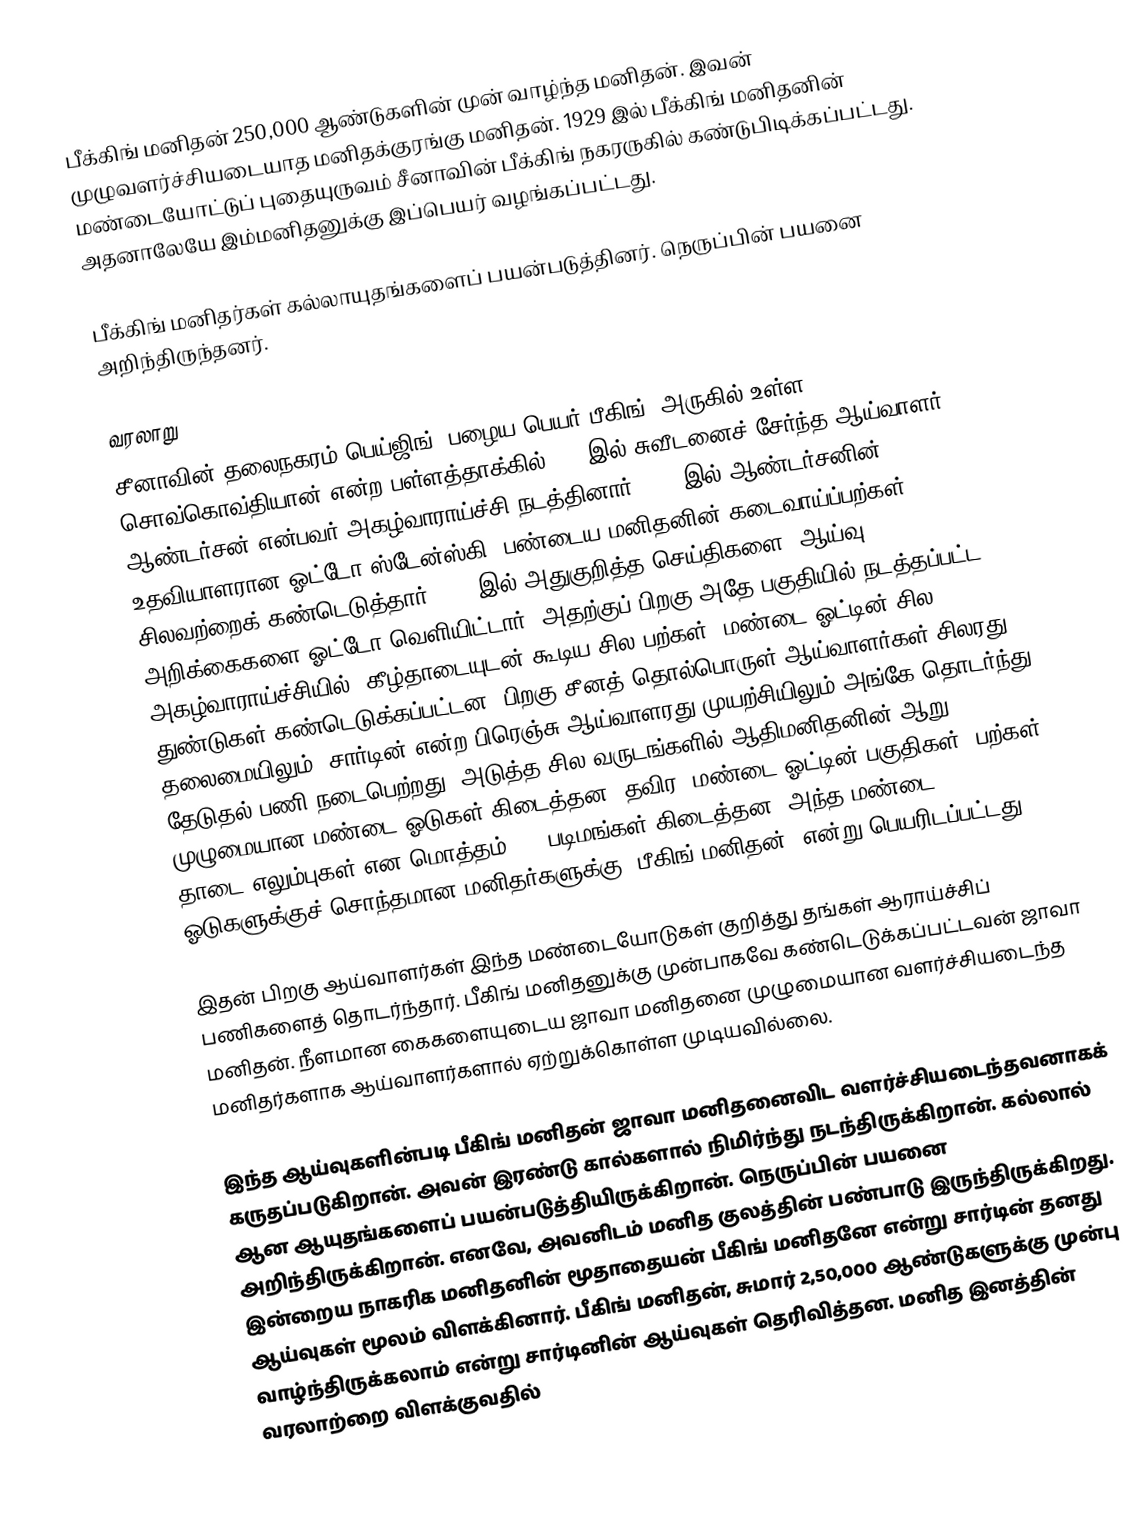
பீக்கிங் மனிதன் 250,000 ஆண்டுகளின் முன் வாழ்ந்த மனிதன். இவன் முழுவளர்ச்சியடையாத மனிதக்குரங்கு மனிதன். 1929 இல் பீக்கிங் மனிதனின் மண்டையோட்டுப் புதையுருவம் சீனாவின் பீக்கிங் நகரருகில் கண்டுபிடிக்கப்பட்டது. அதனாலேயே இம்மனிதனுக்கு இப்பெயர் வழங்கப்பட்டது.

பீக்கிங் மனிதர்கள் கல்லாயுதங்களைப் பயன்படுத்தினர். நெருப்பின் பயனை அறிந்திருந்தனர்.

வரலாறு
சீனாவின் தலைநகரம் பெய்ஜிங் (பழைய பெயர் பீகிங்) அருகில் உள்ள சொவ்கொவ்தியான் என்ற பள்ளத்தாக்கில் 1921இல்  சுவீடனைச் சேர்ந்த ஆய்வாளர் ஆண்டர்சன் என்பவர் அகழ்வாராய்ச்சி நடத்தினார். 1923இல் ஆண்டர்சனின் உதவியாளரான ஓட்டோ ஸ்டேன்ஸ்கி, பண்டைய மனிதனின் கடைவாய்ப்பற்கள் சிலவற்றைக் கண்டெடுத்தார்.  1926இல் அதுகுறித்த செய்திகளை, ஆய்வு அறிக்கைகளை ஓட்டோ வெளியிட்டார்.  அதற்குப் பிறகு அதே பகுதியில் நடத்தப்பட்ட அகழ்வாராய்ச்சியில், கீழ்தாடையுடன் கூடிய சில பற்கள், மண்டை ஓட்டின் சில துண்டுகள் கண்டெடுக்கப்பட்டன. பிறகு சீனத் தொல்பொருள் ஆய்வாளர்கள் சிலரது தலைமையிலும், சார்டின் என்ற பிரெஞ்சு ஆய்வாளரது முயற்சியிலும் அங்கே தொடர்ந்து தேடுதல் பணி நடைபெற்றது. அடுத்த சில வருடங்களில் ஆதிமனிதனின் ஆறு முழுமையான மண்டை ஓடுகள் கிடைத்தன. தவிர, மண்டை ஓட்டின் பகுதிகள், பற்கள், தாடை எலும்புகள் என மொத்தம் 200 படிமங்கள் கிடைத்தன. அந்த மண்டை ஓடுகளுக்குச் சொந்தமான மனிதர்களுக்கு ‘பீகிங் மனிதன்’ என்று பெயரிடப்பட்டது.

இதன் பிறகு ஆய்வாளர்கள் இந்த மண்டையோடுகள் குறித்து தங்கள் ஆராய்ச்சிப் பணிகளைத் தொடர்ந்தார். பீகிங் மனிதனுக்கு முன்பாகவே கண்டெடுக்கப்பட்டவன் ஜாவா மனிதன். நீளமான கைகளையுடைய ஜாவா மனிதனை முழுமையான வளர்ச்சியடைந்த மனிதர்களாக ஆய்வாளர்களால் ஏற்றுக்கொள்ள முடியவில்லை.

இந்த ஆய்வுகளின்படி பீகிங் மனிதன் ஜாவா மனிதனைவிட வளர்ச்சியடைந்தவனாகக் கருதப்படுகிறான். அவன் இரண்டு கால்களால் நிமிர்ந்து நடந்திருக்கிறான். கல்லால் ஆன ஆயுதங்களைப் பயன்படுத்தியிருக்கிறான். நெருப்பின் பயனை அறிந்திருக்கிறான். எனவே, அவனிடம் மனித குலத்தின் பண்பாடு இருந்திருக்கிறது. இன்றைய நாகரிக மனிதனின் மூதாதையன் பீகிங் மனிதனே என்று சார்டின் தனது ஆய்வுகள் மூலம் விளக்கினார். பீகிங் மனிதன், சுமார் 2,50,000 ஆண்டுகளுக்கு முன்பு வாழ்ந்திருக்கலாம் என்று சார்டினின் ஆய்வுகள் தெரிவித்தன. மனித இனத்தின் வரலாற்றை விளக்குவதில்